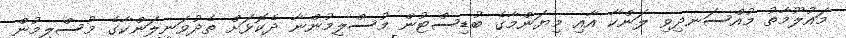
މައުލޫމާތު މުއްސަނދިވި ލަންކާ އާއި މިޔަންމާގެ ބުޑިސްޓުން މުސްލިމުންނާ ދެކޮޅަށް ތެދުވަނީލަންކާގެ މުސްލިމުން